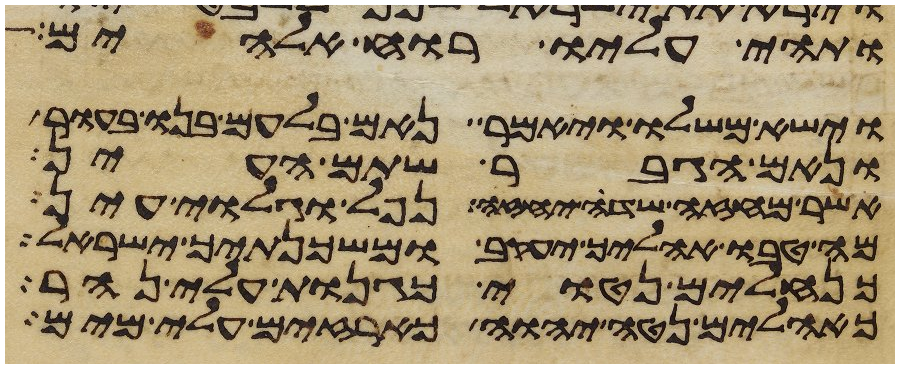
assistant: ותהי עליו רוח אלהים
וישא משלו ויאמר נאם בלעם בנו בעור
ונאם הגבר שתם העין
אשר מחזה שדה יחזה נפל וגלוי עין
מה טבו אהליך יעקב ומשכנתיך ישראל
כנחלים נטוי כגנות עלי נהר
כאהלים נטה יהוה כארזים עלי מים